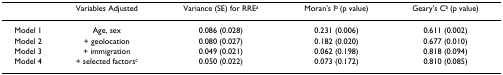
|  | Variables Adjusted | Variance (SE) for RREa | Moran's Ib (p value) | Geary's Cb (p value) |
 | --- | --- | --- | --- | --- |
 | Model 1 | Age, sex | 0.086 (0.028) | 0.231 (0.006) | 0.611 (0.002) |
 | Model 2 | + geolocation | 0.080 (0.027) | 0.182 (0.020) | 0.677 (0.010) |
 | Model 3 | + immigration | 0.049 (0.021) | 0.062 (0.198) | 0.818 (0.094) |
 | Model 4 | + selected factorsc | 0.050 (0.022) | 0.073 (0.172) | 0.810 (0.085) |